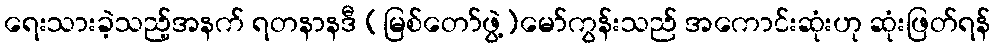
ရေးသားခဲ့သည့်အနက် ရတနာနဒီ (မြစ်တော်ဖွဲ့)မော်ကွန်းသည် အကောင်းဆုံးဟု ဆုံးဖြတ်ရန်